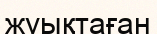
жуықтаған